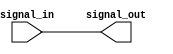
module ECL_buffer (
    input signal_in,
    output signal_out
);

// ECL buffering logic goes here
// For example:
assign signal_out = signal_in;

endmodule